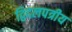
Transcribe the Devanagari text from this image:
द्विदलपत्रीय